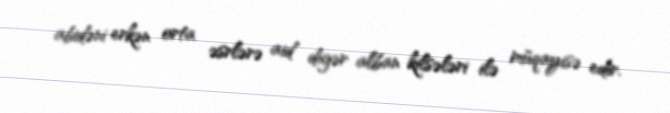
abidəni erkən orta əsrlərə aid digər alban kilsələri ilə müqayisə edir.